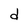
Character: d